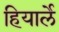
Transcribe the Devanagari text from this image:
हियार्ले